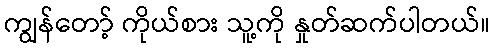
ကျွန်တော့် ကိုယ်စား သူ့ကို နှုတ်ဆက်ပါတယ်။